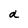
Character: a